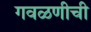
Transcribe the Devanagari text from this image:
गवळणीची